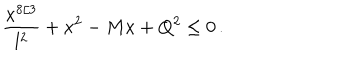
LaTeX: { \frac { x ^ { 8 / 3 } } { l ^ { 2 } } } + x ^ { 2 } - M x + Q ^ { 2 } \leq 0 \, .